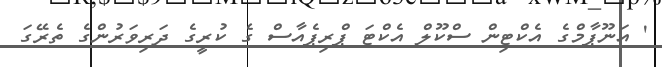
' އަނޫޕާމްގެ އެކްޓިން ސްކޫލް އެކްޓަ ޕްރިޕެއާސް ގެ ކުރީގެ ދަރިވަރުންގެ ތެރޭގަ